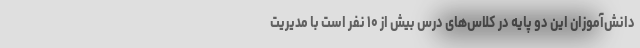
دانش‌آموزان این دو پایه در کلاس‌های درس بیش از ۱۰ نفر است با مدیریت